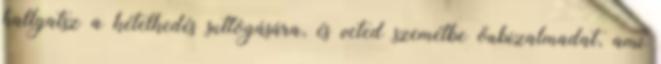
hallgatsz a kételkedés suttogására, és veted szemétbe önbizalmadat, ami